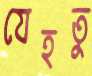
যেহতু